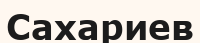
Сахариев